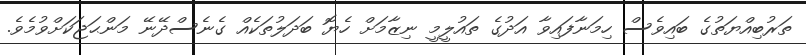
ތަރުބިއްޔަތުގެ ބައިވެސް ހިމަނާފައިވާ އަދުގެ ތައުލީމީ ނިޒާމަށް ހެޔޮ ބަދަލުތަކެއް ގެނެސްދޭނޭ މަންޙަޖަކަށްވުމެވެ.